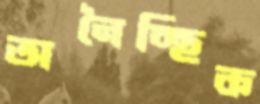
অনৈচ্ছিক